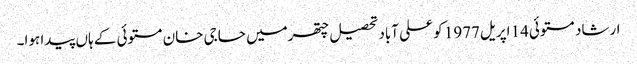
ارشاد مستوئی14 اپریل1977 کو علی آباد تحصیل چتھرمیں حاجی خان مستوئی کے ہاں پیدا ہوا۔